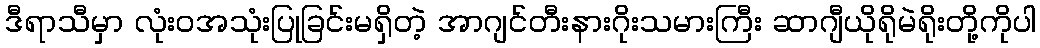
ဒီရာသီမှာ လုံးဝအသုံးပြုခြင်းမရှိတဲ့ အာဂျင်တီးနားဂိုးသမားကြီး ဆာဂျီယိုရိုမဲရိုးတို့ကိုပါ